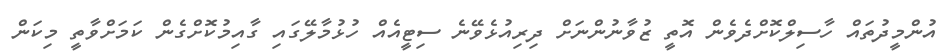
އުންމީދުތައް ހާސިލްކޮށްދެވެން އޮތީ ޒުވާނުންނަށް ދިރިއުޅެވޭނެ ސިޓީއެއް ހުޅުމާލޭގައި ގާއިމުކޮށްގެން ކަމަށްވާތީ މިކަން